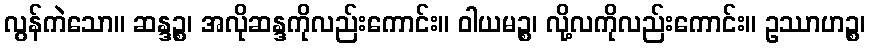
လွန်ကဲသော။ ဆန္ဒဉ္စ၊ အလိုဆန္ဒကိုလည်းကောင်း။ ဝါယမဉ္စ၊ လို့လကိုလည်းကောင်း။ ဥဿာဟဉ္စ၊